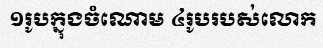
១រូបក្នុងចំណោម ៤រូបរបស់លោក